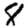
Digit: 8